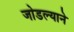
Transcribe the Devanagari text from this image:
जोडल्याने